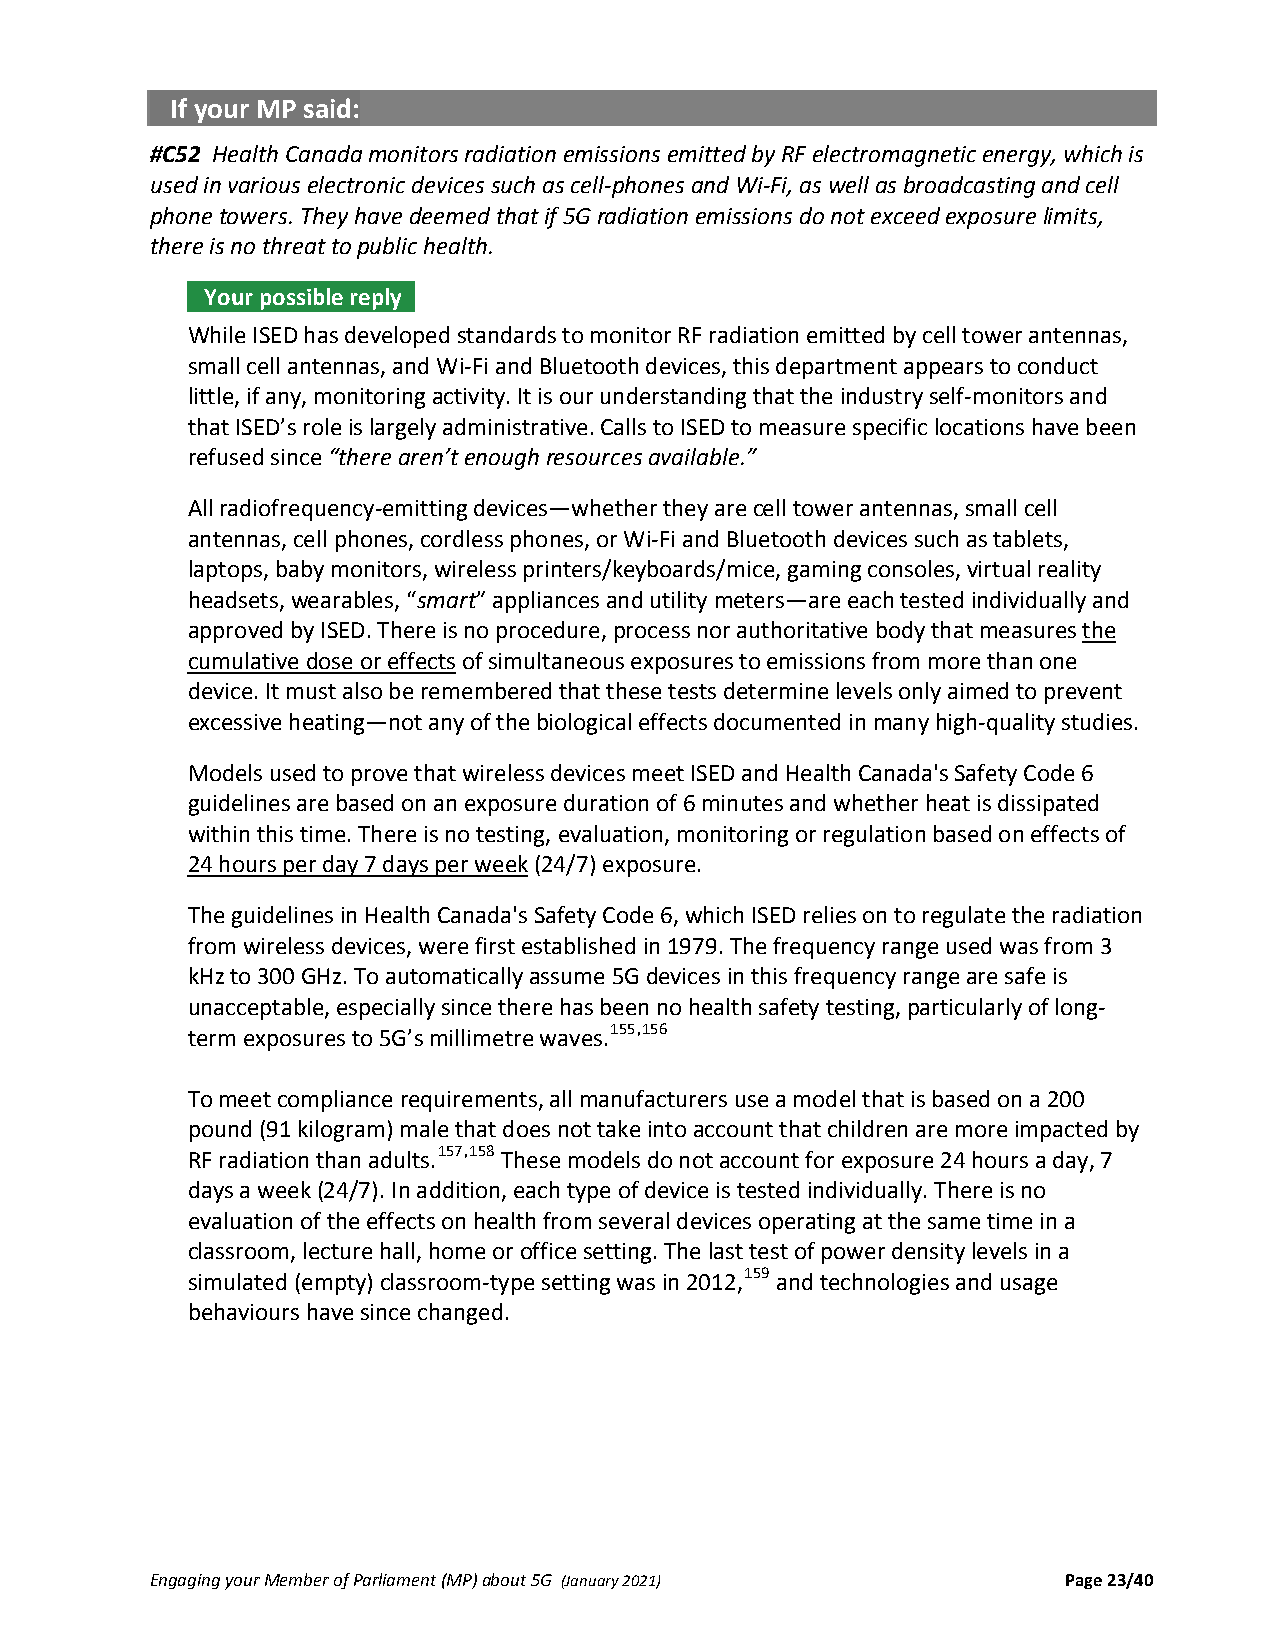
If your MP said:
 #C52 Health Canada monitors radiation emissions emitted by RF electromagnetic energy, which is
 used in various electronic devices such as cell‐phones and Wi‐Fi, as well as broadcasting and cell
 phone towers. They have deemed that if 5G radiation emissions do not exceed exposure limits,
 there is no threat to public health.
 Your possible reply .
 While ISED has developed standards to monitor RF radiation emitted by cell tower antennas,
 small cell antennas, and Wi‐Fi and Bluetooth devices, this department appears to conduct
 little, if any, monitoring activity. It is our understanding that the industry self‐monitors and
 that ISED’s role is largely administrative. Calls to ISED to measure specific locations have been
 refused since “there aren’t enough resources available.”
 All radiofrequency‐emitting devices—whether they are cell tower antennas, small cell
 antennas, cell phones, cordless phones, or Wi‐Fi and Bluetooth devices such as tablets,
 laptops, baby monitors, wireless printers/keyboards/mice, gaming consoles, virtual reality
 headsets, wearables, “smart” appliances and utility meters—are each tested individually and
 approved by ISED. There is no procedure, process nor authoritative body that measures the
 cumulative dose or effects of simultaneous exposures to emissions from more than one
 device. It must also be remembered that these tests determine levels only aimed to prevent
 excessive heating—not any of the biological effects documented in many high‐quality studies.
 Models used to prove that wireless devices meet ISED and Health Canada's Safety Code 6
 guidelines are based on an exposure duration of 6 minutes and whether heat is dissipated
 within this time. There is no testing, evaluation, monitoring or regulation based on effects of
 24 hours per day 7 days per week (24/7) exposure.
 The guidelines in Health Canada's Safety Code 6, which ISED relies on to regulate the radiation
 from wireless devices, were first established in 1979. The frequency range used was from 3
 kHz to 300 GHz. To automatically assume 5G devices in this frequency range are safe is
 unacceptable, especially since there has been no health safety testing, particularly of long‐
 term exposures to 5G’s millimetre waves.155,156
 To meet compliance requirements, all manufacturers use a model that is based on a 200
 pound (91 kilogram) male that does not take into account that children are more impacted by
 RF radiation than adults.157,158 These models do not account for exposure 24 hours a day, 7
 days a week (24/7). In addition, each type of device is tested individually. There is no
 evaluation of the effects on health from several devices operating at the same time in a
 classroom, lecture hall, home or office setting. The last test of power density levels in a
 simulated (empty) classroom‐type setting was in 2012,159 and technologies and usage
 behaviours have since changed.
 Engaging your Member of Parliament (MP) about 5G (January 2021) Page 23/40